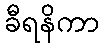
ခီရနိကာ